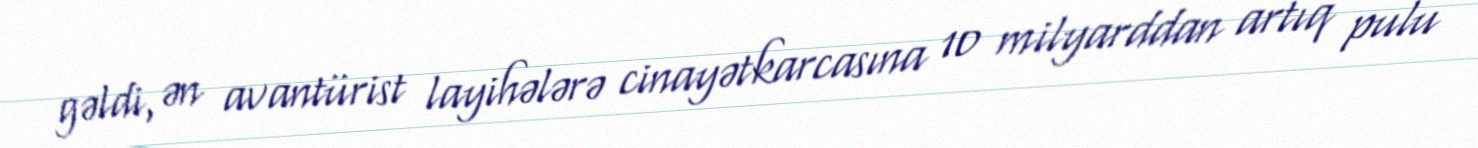
gəldi, ən avantürist layihələrə cinayətkarcasına 10 milyarddan artıq pulu